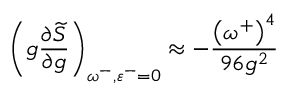
\left( g \frac { \partial \widetilde { S } } { \partial g } \right) _ { \omega ^ { - } , \varepsilon ^ { - } = 0 } \approx - \frac { \left( \omega ^ { + } \right) ^ { 4 } } { 9 6 g ^ { 2 } }